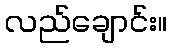
လည်ချောင်း။